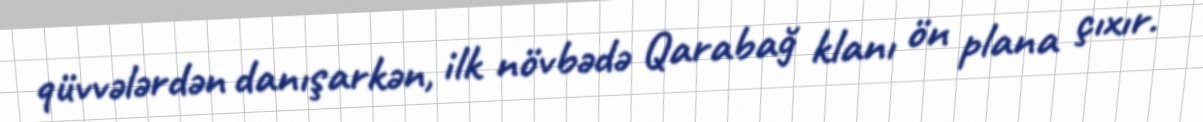
qüvvələrdən danışarkən, ilk növbədə Qarabağ klanı ön plana çıxır.